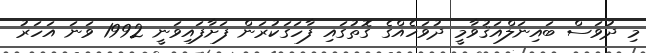
މި ދުވަސް ބައިނަލްއަޤުވާމީ ދުވަހެއްގެ ގޮތުގައި ފާހަގަކުރަން ފަށާފައިވަނީ 1992 ވަނަ އަހަރު